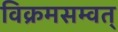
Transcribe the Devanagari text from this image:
विक्रमसम्वत्